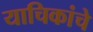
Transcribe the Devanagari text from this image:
याचिकांचे